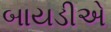
બાયડીએ